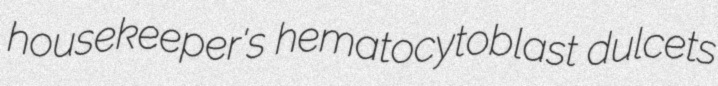
housekeeper's hematocytoblast dulcets